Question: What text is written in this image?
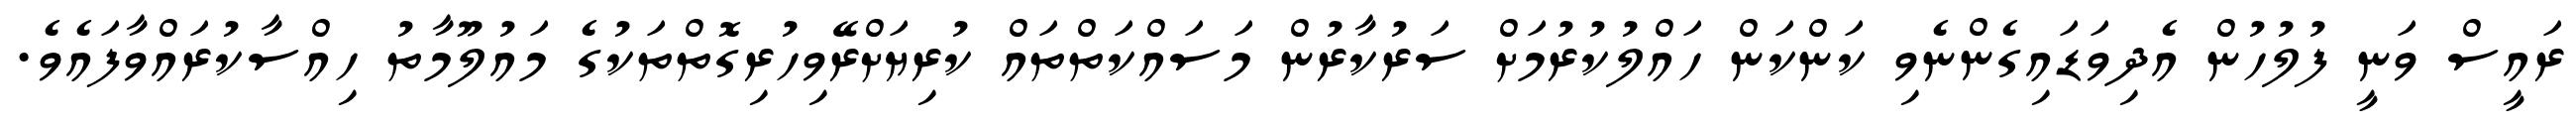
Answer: ރައީސް ވަނީ ފުލުހުން އެދިވަޑައިގެންނެވި ކަންކަން ހައްލުކުރުމަށް ސަރުކާރުން މަސައްކަތްތައް ކުރިޔަށްރޭވިހުރިގޮތްތަކުގެ މައުލޫމާތު ހިއްސާކުރައްވާފައެވެ.